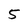
Character: 5